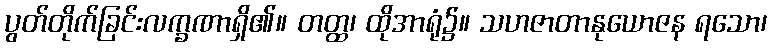
ပွတ်တိုက်ခြင်းလက္ခဏာရှိ၏။ တတ္ထ၊ ထိုအာရုံ၌။ သဟဇာတာနုယောဇန ရသော၊